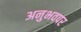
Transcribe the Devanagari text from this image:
अनुभवपर